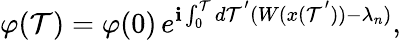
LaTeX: \varphi(\mathcal{T})=\varphi(0)\, e^{\mathbf{i}\int_{0}^{\mathcal{T}}d\mathcal{T}^{'}(W(x(\mathcal{T}^{'}))-\lambda_{n})},